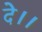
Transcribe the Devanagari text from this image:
दे।।